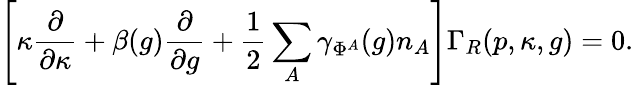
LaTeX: \left[\kappa\frac{\partial}{\partial\kappa}+\beta(g)\frac{\partial}{\partial g}+\frac{1}{2}\sum_{A}\gamma_{\Phi^{A}}(g)n_{A}\right]\Gamma_{R}(p,\kappa,g)=0.